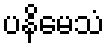
ပနိမေသံ